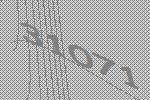
31071